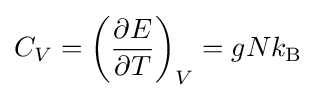
C_{V}=\left({\frac {\partial E}{\partial T}}\right)_{V}=gNk_{\rm {B}}